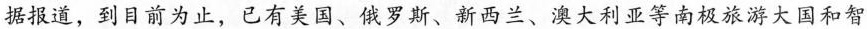
据报道，到目前为止，已有美国、俄罗斯、新西兰、澳大利亚等南极旅游大国和智